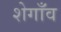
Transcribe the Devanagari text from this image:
शेगाँव